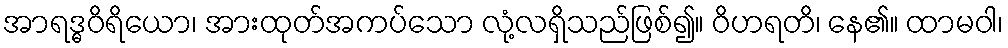
အာရဒ္ဓဝိရိယော၊ အားထုတ်အကပ်သော လုံ့လရှိသည်ဖြစ်၍။ ဝိဟရတိ၊ နေ၏။ ထာမဝါ၊